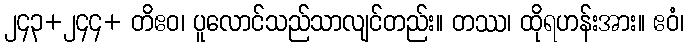
၂၄၃+၂၄၄+ တိဧဝ၊ ပူလောင်သည်သာလျင်တည်း။ တဿ၊ ထိုရဟန်းအား။ ဧဝံ၊